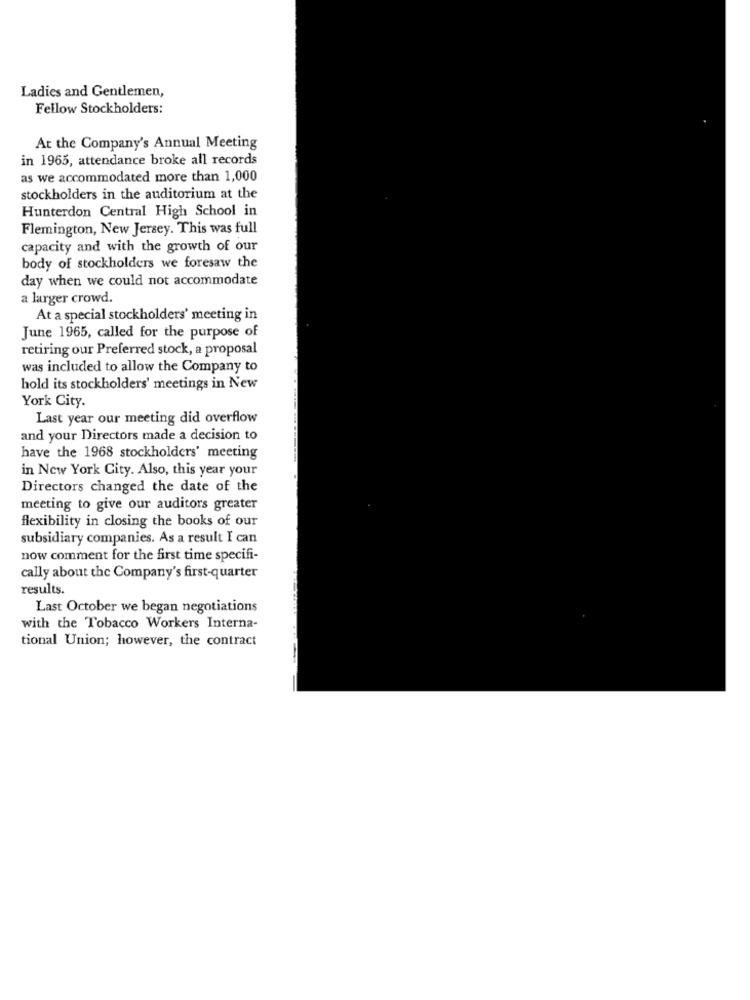
Ladies and Gentlemen,
Fellow Stockholders:
At the Company's Annual Meeting
in 1965, attendance broke all records
as we accommodated more than 1,000
stockholders in the auditorium at the
Hunterdon Central High School in
Flemington, New Jersey. This was full
capacity and with the growth of our
body of stockholders we foresaw the
day when we could not accommodate
a larger crowd.
At a special stockholders' meeting in
June 1965, called for the purpose of
retiring our Preferred stock, a proposal
was included to allow the Company to
hold its stockholders' meetings in New
York City.
Last year our meeting did overflow
and your Directors made a decision to
have the 1968 stockholders' meeting
in New York City. Also, this year your
Directors changed the date of the
meeting to give our auditors greater
flexibility in closing the books of our
subsidiary companies. As a result I can
now comment for the first time specifi-
cally about the Company's first-quarter
results.
Last October we began negotiations
with the Tobacco Workers Interna-
tional Union; however, the contract